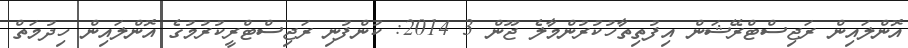
އޮންލައިން ރަޖިސްޓްރޭޝަން އިފުތިތާހުކުރުންމާލެ ޖޫން 3 2014: ކުންފުނި ރަޖިސްޓްރީކުރުމުގެ އޮންލައިން ހިދުމަތް